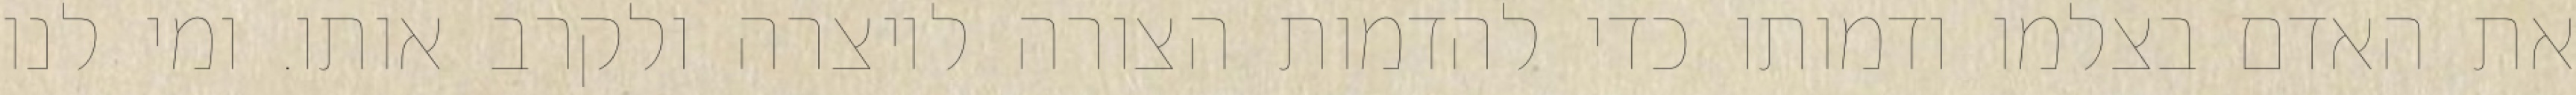
את האדם בצלמו ודמותו כדי להדמות הצורה ליוצרה ולקרב אותו. ומי לנו